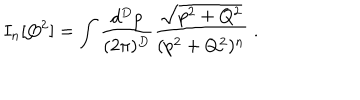
I _ { n } [ Q ^ { 2 } ] = \int { \frac { d ^ { D } p } { ( 2 \pi ) ^ { D } } } { \frac { \sqrt { p ^ { 2 } + Q ^ { 2 } } } { ( p ^ { 2 } + Q ^ { 2 } ) ^ { n } } } \; .